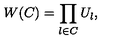
W ( C ) = \prod _ { l \in C } U _ { l } ,